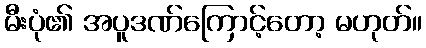
မီးပုံ၏ အပူဒဏ်ကြောင့်တော့ မဟုတ်။